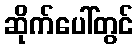
ဆိုက်ပေါ်တွင်